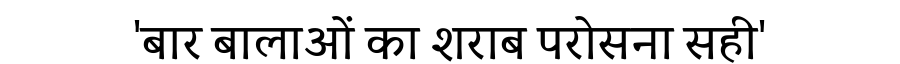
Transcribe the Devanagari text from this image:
'बार बालाओं का शराब परोसना सही'